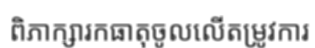
ពិភាក្សារកធាតុចូលលើតម្រូវការ